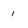
Character: 1